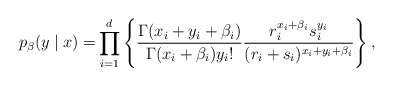
\begin{align*}p_\beta(y \mid x)= &\prod_{i=1}^d \left\{ \frac{\Gamma(x_i + y_i + \beta_i)}{\Gamma(x_i + \beta_i) y_i !} \frac{r_i^{x_i+\beta_i} s_i^{y_i}}{(r_i + s_i)^{x_i + y_i + \beta_i}}\right\},\end{align*}